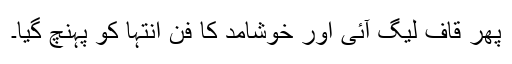
پھر قاف لیگ آئی اور خوشامد کا فن انتہا کو پہنچ گیا۔